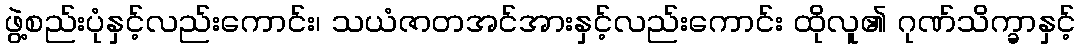
ဖွဲ့စည်းပုံနှင့်လည်းကောင်း၊ သယံဇာတအင်အားနှင့်လည်းကောင်း ထိုလူ၏ ဂုဏ်သိက္ခာနှင့်